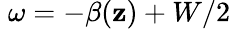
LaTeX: \; \omega=-\beta(\mathbf{z})+W/2